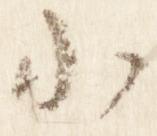
小